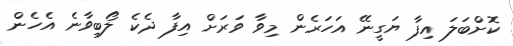
ކޮށްބަލަ އިފާ ޔަގީނޭ އަހަރެން މިވާ ވަރަށް އިފާ ދެކެ ލޯބިވާނެ އެހެން